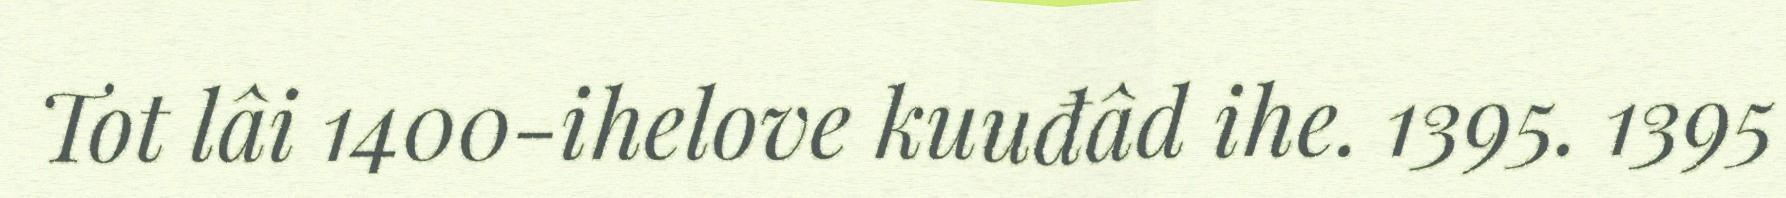
Tot lâi 1400-ihelove kuuđâd ihe. 1395. 1395